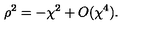
\rho ^ { 2 } = - \chi ^ { 2 } + O ( \chi ^ { 4 } ) .